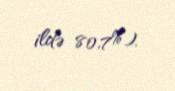
ildə 80,7%).